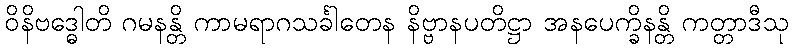
ဝိနိဗဒ္ဓေါတိ ဂမနန္တိ ကာမရာဂသင်္ခါတေန နိဗ္ဗာနပတိဋ္ဌာ အနပေက္ခိနန္တိ ကတ္တာဒီသု